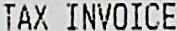
TAX INVOICE